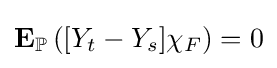
\mathbf {E} _{\mathbb {P} }\left([Y_{t}-Y_{s}]\chi _{F}\right)=0